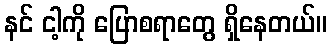
နင် ငါ့ကို ပြောစရာတွေ ရှိနေတယ်။